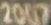
2010